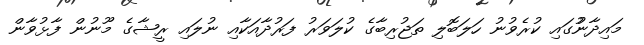
މައިދާނުުގައި ކުރެވުނު ހަލަބޮލި ތަޖުރިބާގެ ކުލަވަރު ފަރުދާއަކާއި ނުލައި ރީޝާގެ މޫނުން ފާޅުވާން